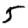
Digit: 5